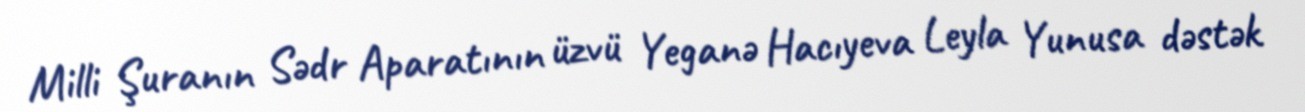
Milli Şuranın Sədr Aparatının üzvü Yeganə Hacıyeva Leyla Yunusa dəstək